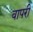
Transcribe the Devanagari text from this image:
वापरी